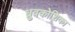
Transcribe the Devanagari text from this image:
ध्रुवकोशिका